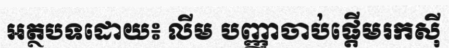
អត្ថបទដោយ៖ លីម បញ្ញាចាប់ផ្តើមរកស៊ី